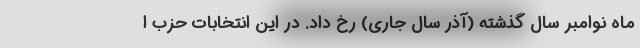
ماه نوامبر سال گذشته (آذر سال جاری) رخ داد. در این انتخابات حزب ا